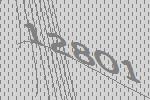
12801